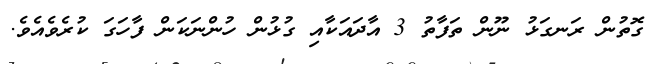
ގޮތުން ރަނގަޅު ނޫން ތަފާތު 3 އާދައަކާއި ގުޅުން ހުންނަކަން ފާހަގަ ކުރެވެއެވެ.